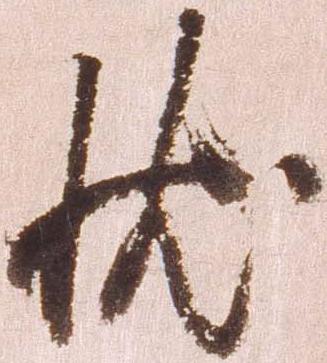
状